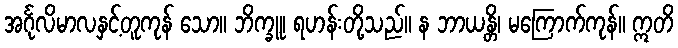
အင်္ဂုလိမာလနှင့်တူကုန် သော။ ဘိက္ခူ၊ ရဟန်းတို့သည်။ န ဘာယန္တိ၊ မကြောက်ကုန်။ ဣတိ